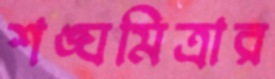
শঙ্ঘমিত্রার